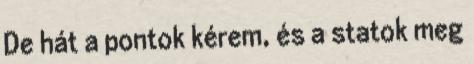
De hát a pontok kérem, és a statok meg